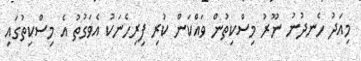
މިއަދު ހެނދުނު ނޫރު މިސްކިތުން ވައްްކަން ކުރި ފިރިހެނަކު އެވަގުތު އެ މިސްކިތުގައި